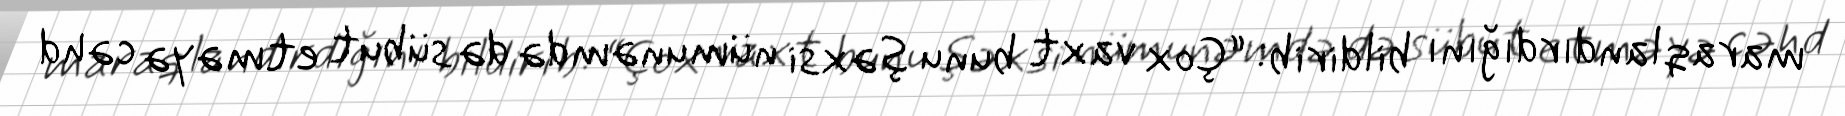
maraqlandırdığını bildirib: “Çox vaxt bunu şəxsi nümunəmdə də sübut etməyə cəhd